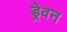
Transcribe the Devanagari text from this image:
ड्रेवन